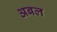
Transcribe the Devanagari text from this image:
अबल